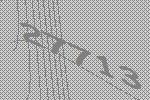
27713